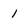
Character: 1